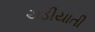
ચડીયાતી